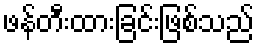
ဖန်တီးထားခြင်းဖြစ်သည်